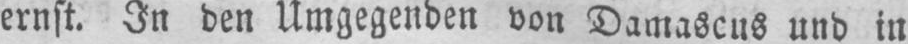
ernst. In den Umgegenden von Damascus und in